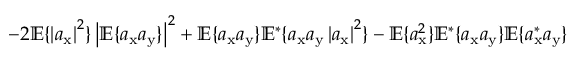
- 2 \mathbb { E } \{ \left| a _ { \mathrm { x } } \right| ^ { 2 } \} \left| \mathbb { E } \{ a _ { \mathrm { x } } a _ { \mathrm { y } } \} \right| ^ { 2 } + \mathbb { E } \{ a _ { \mathrm { x } } a _ { \mathrm { y } } \} \mathbb { E } ^ { * } \{ a _ { \mathrm { x } } a _ { \mathrm { y } } \left| a _ { \mathrm { x } } \right| ^ { 2 } \} - \mathbb { E } \{ a _ { \mathrm { x } } ^ { 2 } \} \mathbb { E } ^ { * } \{ a _ { \mathrm { x } } a _ { \mathrm { y } } \} \mathbb { E } \{ a _ { \mathrm { x } } ^ { * } a _ { \mathrm { y } } \}